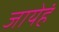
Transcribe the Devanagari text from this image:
जायेहं